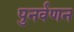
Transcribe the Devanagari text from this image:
पुनर्वणन